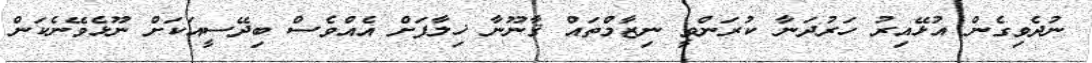
ނުދެވިގެން އުޅޭއިރު ހަރުދަނާ ކުރަންވީ ނިޒާމްތައް ޤާނޫނާ ޚިލާފަށް އެއްވެސް ބިދޭސީއަކަށް ނޫޅެވޭނެކަން